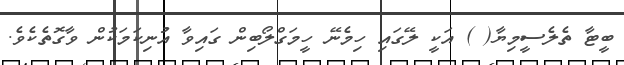
ބީޓާ ތެލެސީމިޔާ( ) އަކީ ލޭގައި ހިމެނޭ ހީމަގްލޯބިން ގައިވާ އުނިކަމަކުން ވާގޮތެކެވެ.